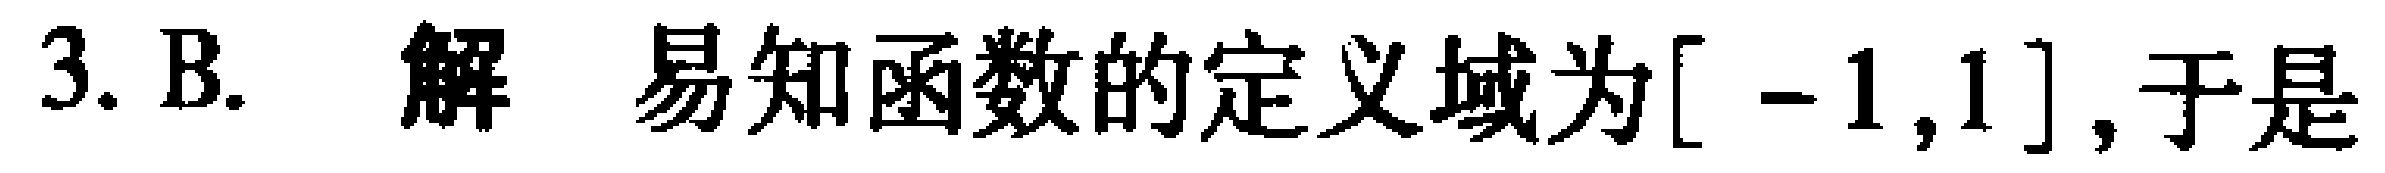
3. B. 解 易知函数的定义域为$[-1,1]$,于是